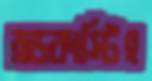
ব্রডকাস্টিং